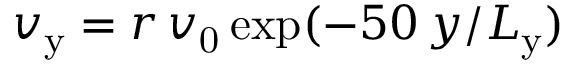
v _ { \mathrm { y } } = r \, v _ { \mathrm { 0 } } \, { \exp } ( - 5 0 \, y / L _ { \mathrm { y } } )